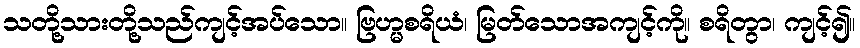
သတို့သားတို့သည်ကျင့်အပ်သော။ ဗြဟ္မစရိယံ၊ မြတ်သောအကျင့်ကို။ စရိတွာ၊ ကျင့်၍။